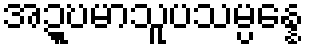
အဍ္ဎမာသူပသမ္ပန္နေ